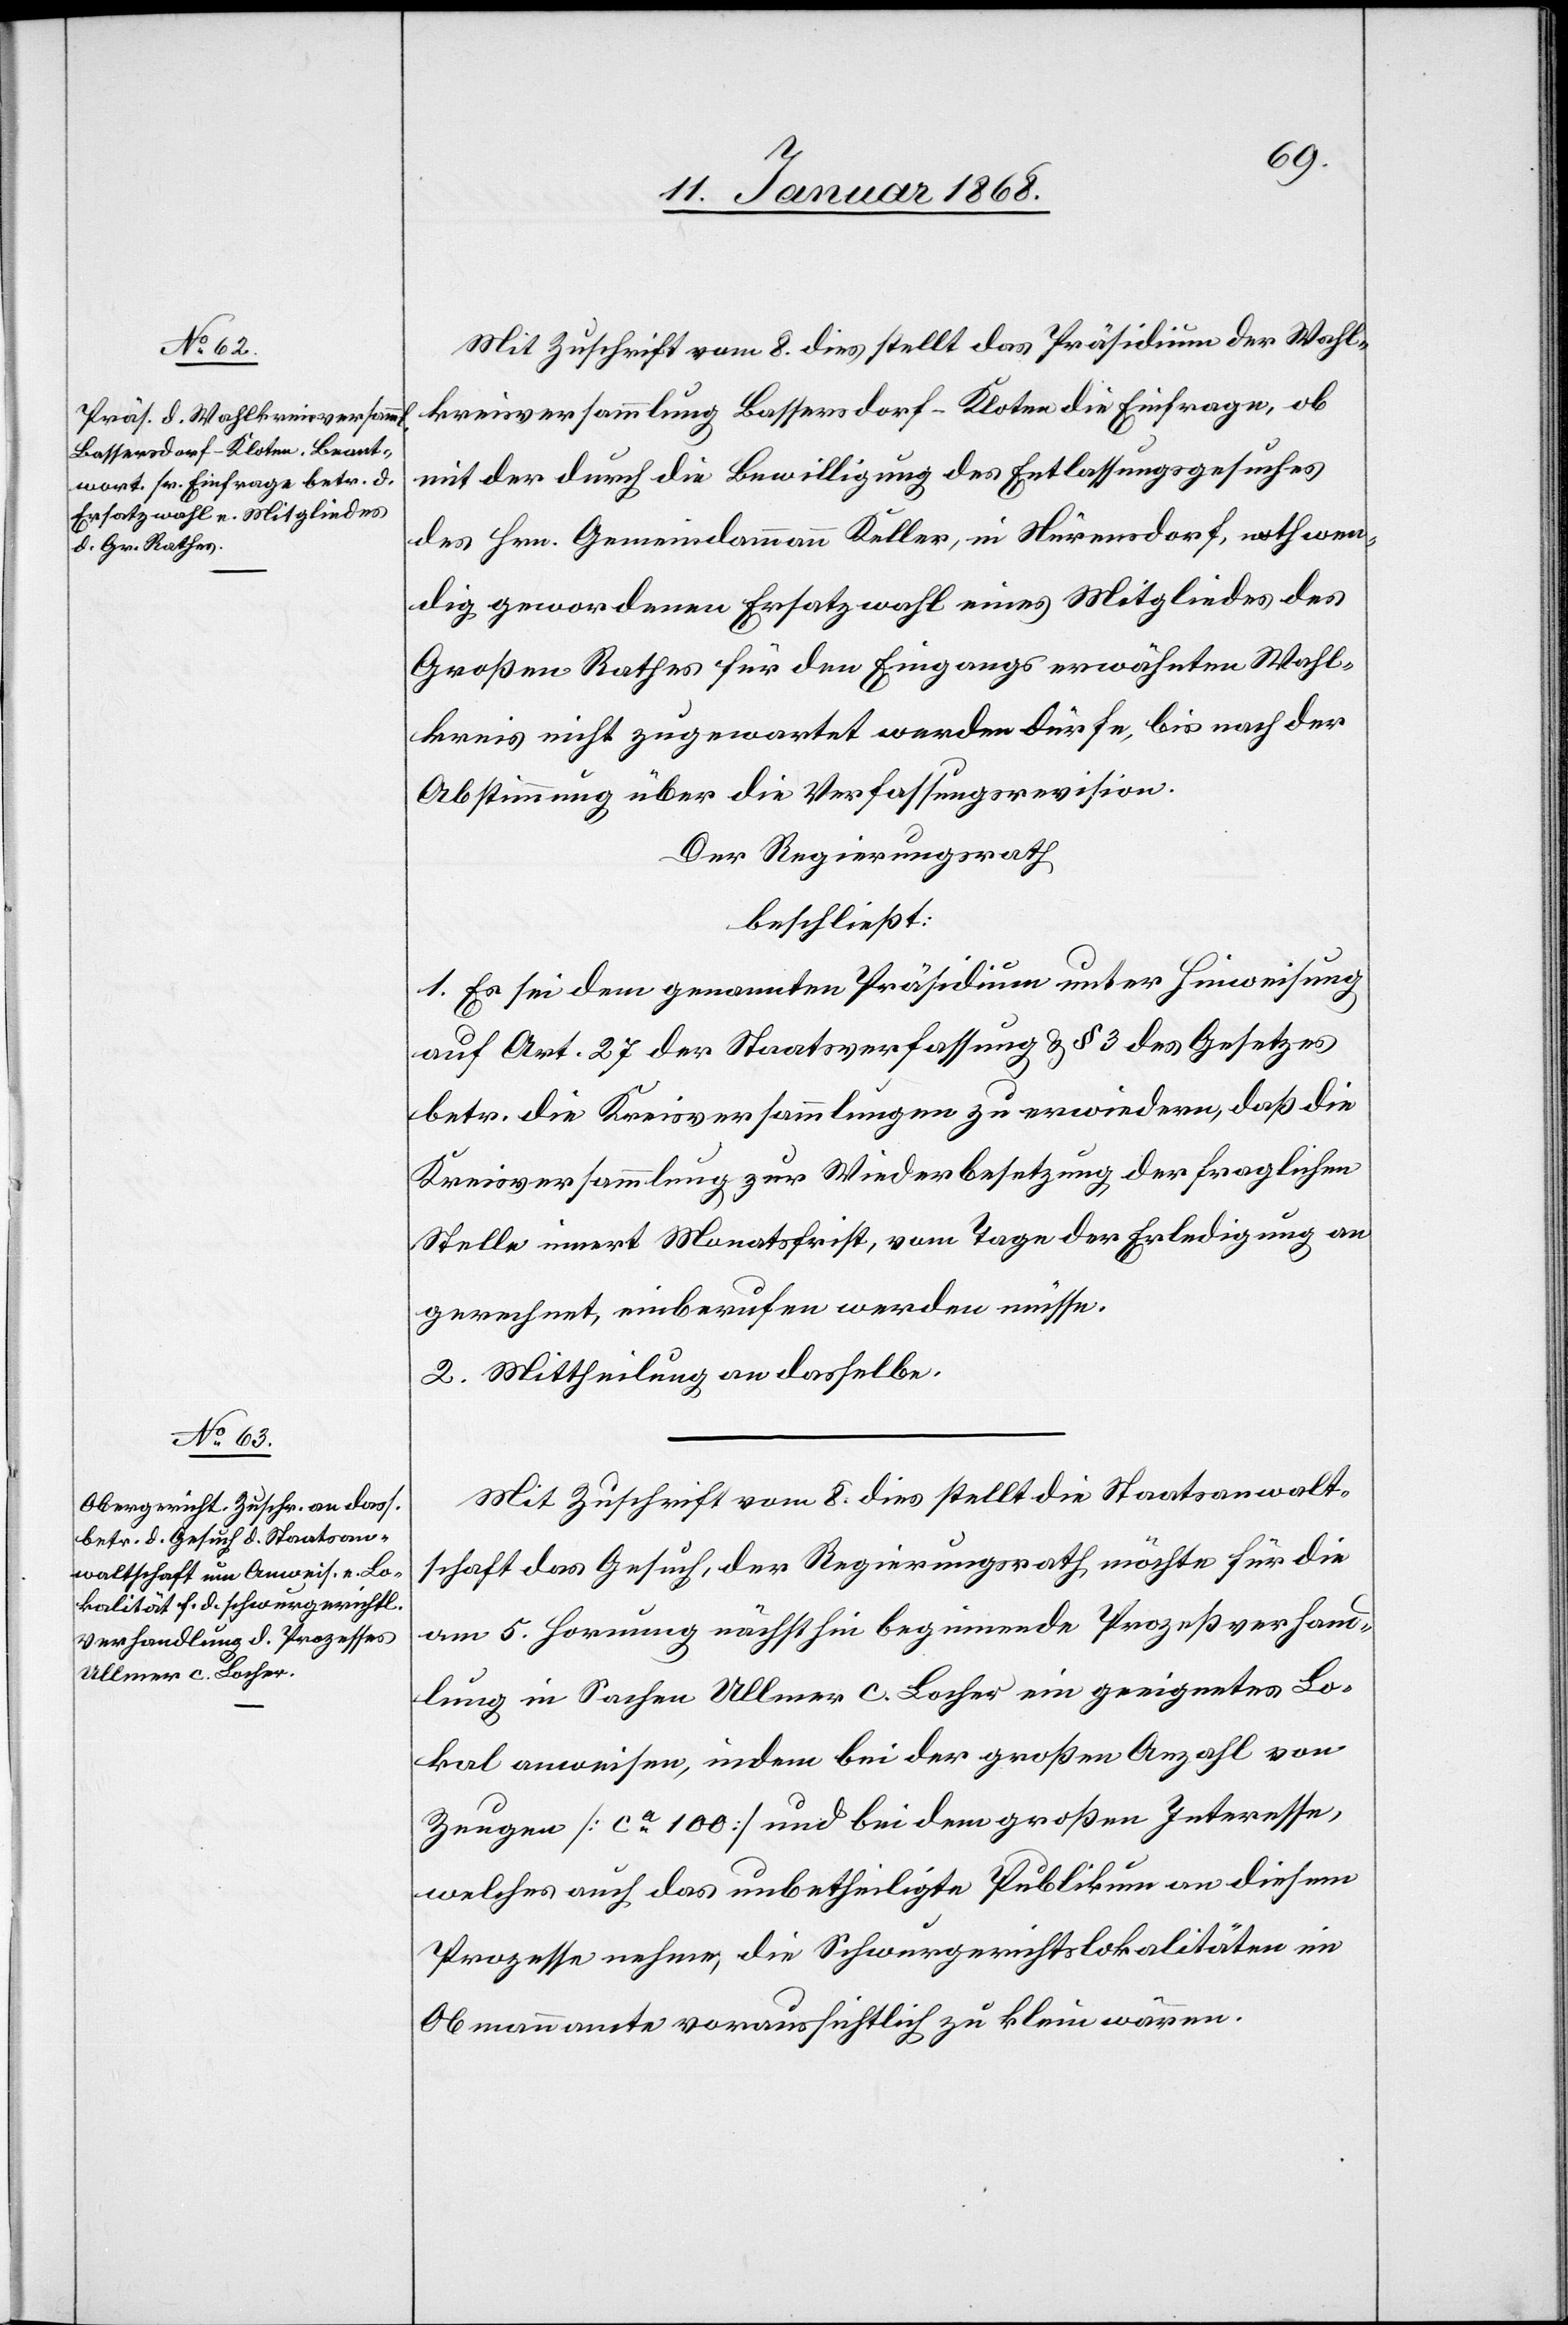
Mit Zuschrift vom 8. dies stellt das Präsidium der Wahl¬
kreisversammlung Bassersdorf-Kloten die Einfrage, ob
mit der durch die Bewilligung des Entlassungsgesuches
des Hrn. Gemeindammann Keller, in Nürensdorf, nothwen¬
dig gewordenen Ersatzwahl eines Mitgliedes des
Großen Rathes für den Eingangs erwähnten Wahl¬
kreis nicht zugewartet werden dürfe, bis nach der
Abstimmung über die Verfassungsrevision.
Der Regierungsrath
beschließt:
1. Es sei dem genannten Präsidium unter Hinweisung
auf Art. 27 der Staatsverfassung & § 3 des Gesetzes
betr. die Kreisversammlungen zu erwiedern, daß die
Kreisversammlung zur Wiederbesetzung der fraglichen
Stelle innert Monatsfrist, vom Tage der Erledigung an
gerechnet, einberufen werden müsse.
2. Mittheilung an dasselbe.
Mit Zuschrift vom 8. dies stellt die Staatsanwalt¬
schaft das Gesuch, der Regierungsrath möchte für die
am 5. Hornung nächsthin beginnende Prozeßverhand¬
lung in Sachen Ullmer c. Locher ein geeignetes Lo¬
kal anweisen, indem bei der großen Anzahl von
Zeugen [ca. 100] und bei dem großen Interesse,
welches auch das unbetheiligte Publikum an diesem
Prozesse nehme, die Schwurgerichtslokalitäten im
Obmannamte voraussichtlich zu klein wären.